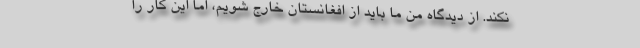
نکند. از دیدگاه من ما باید از افغانستان خارج شویم، اما این کار را